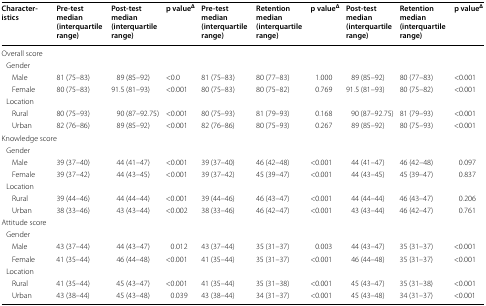
<table><thead><tr><td><b>Characteristics</b></td><td><b>Pre-testmedian (interquartile range)</b></td><td><b>Post-testmedian (interquartile range)</b></td><td><b>p value<sup>Δ</sup></b></td><td><b>Pre-testmedian (interquartile range)</b></td><td><b>Retention median (interquartile range)</b></td><td><b>p value<sup>Δ</sup></b></td><td><b>Post-testmedian (interquartile range)</b></td><td><b>Retention median (interquartile range)</b></td><td><b>p value<sup>Δ</sup></b></td></tr></thead><tbody><tr><td colspan="10">Overall score</td></tr><tr><td colspan="10"> Gender</td></tr><tr><td>Male</td><td>81 (75–83)</td><td>89 (85–92)</td><td>&lt;0.0</td><td>81 (75–83)</td><td>80 (77–83)</td><td>1.000</td><td>89 (85–92)</td><td>80 (77–83)</td><td>&lt;0.001</td></tr><tr><td>Female</td><td>80 (75–83)</td><td>91.5 (81–93)</td><td>&lt;0.001</td><td>80 (75–83)</td><td>80 (75–82)</td><td>0.769</td><td>91.5 (81–93)</td><td>80 (75–82)</td><td>&lt;0.001</td></tr><tr><td colspan="10"> Location</td></tr><tr><td>Rural</td><td>80 (75–93)</td><td>90 (87–92.75)</td><td>&lt;0.001</td><td>80 (75–93)</td><td>81 (79–93)</td><td>0.168</td><td>90 (87–92.75)</td><td>81 (79–93)</td><td>&lt;0.001</td></tr><tr><td>Urban</td><td>82 (76–86)</td><td>89 (85–92)</td><td>&lt;0.001</td><td>82 (76–86)</td><td>80 (75–93)</td><td>0.267</td><td>89 (85–92)</td><td>80 (75–93)</td><td>&lt;0.001</td></tr><tr><td colspan="10">Knowledge score</td></tr><tr><td colspan="10"> Gender</td></tr><tr><td>Male</td><td>39 (37–40)</td><td>44 (41–47)</td><td>&lt;0.001</td><td>39 (37–40)</td><td>46 (42–48)</td><td>&lt;0.001</td><td>44 (41–47)</td><td>46 (42–48)</td><td>0.097</td></tr><tr><td>Female</td><td>39 (37–42)</td><td>44 (43–45)</td><td>&lt;0.001</td><td>39 (37–42)</td><td>45 (39–47)</td><td>&lt;0.001</td><td>44 (43–45)</td><td>45 (39–47)</td><td>0.837</td></tr><tr><td colspan="10"> Location</td></tr><tr><td>Rural</td><td>39 (44–46)</td><td>44 (44–44)</td><td>&lt;0.001</td><td>39 (44–46)</td><td>46 (43–47)</td><td>&lt;0.001</td><td>44 (44–44)</td><td>46 (43–47)</td><td>0.206</td></tr><tr><td>Urban</td><td>38 (33–46)</td><td>43 (43–44)</td><td>&lt;0.002</td><td>38 (33–46)</td><td>46 (42–47)</td><td>&lt;0.001</td><td>43 (43–44)</td><td>46 (42–47)</td><td>0.761</td></tr><tr><td colspan="10">Attitude score</td></tr><tr><td colspan="10"> Gender</td></tr><tr><td>Male</td><td>43 (37–44)</td><td>44 (43–47)</td><td>0.012</td><td>43 (37–44)</td><td>35 (31–37)</td><td>0.003</td><td>44 (43–47)</td><td>35 (31–37)</td><td>&lt;0.001</td></tr><tr><td>Female</td><td>41 (35–44)</td><td>46 (44–48)</td><td>&lt;0.001</td><td>41 (35–44)</td><td>35 (31–37)</td><td>&lt;0.001</td><td>46 (44–48)</td><td>35 (31–37)</td><td>&lt;0.001</td></tr><tr><td colspan="10"> Location</td></tr><tr><td>Rural</td><td>41 (35–44)</td><td>45 (43–47)</td><td>&lt;0.001</td><td>41 (35–44)</td><td>35 (31–38)</td><td>&lt;0.001</td><td>45 (43–47)</td><td>35 (31–38)</td><td>&lt;0.001</td></tr><tr><td>Urban</td><td>43 (38–44)</td><td>45 (43–48)</td><td>0.039</td><td>43 (38–44)</td><td>34 (31–37)</td><td>&lt;0.001</td><td>45 (43–48)</td><td>34 (31–37)</td><td>&lt;0.001</td></tr></tbody></table>